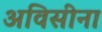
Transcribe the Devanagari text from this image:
अविसीना